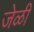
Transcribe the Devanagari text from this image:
जेळी